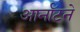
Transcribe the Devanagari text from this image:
आर्नॉटने